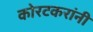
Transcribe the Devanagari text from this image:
कोरटकरांनी